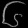
Digit: ၆